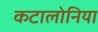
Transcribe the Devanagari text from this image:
कटालोनिया